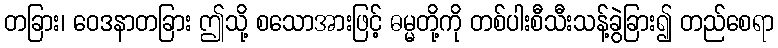
တခြား၊ ဝေဒနာတခြား ဤသို့ စသောအားဖြင့် ဓမ္မတို့ကို တစ်ပါးစီသီးသန့်ခွဲခြား၍ တည်စေရာ